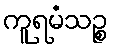
ကူရမံသဉ္စ